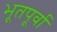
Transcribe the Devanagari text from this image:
भूतपूर्वा